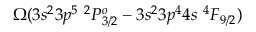
\Omega ( 3 s ^ { 2 } 3 p ^ { 5 } ~ ^ { 2 } P _ { 3 / 2 } ^ { o } - 3 s ^ { 2 } 3 p ^ { 4 } 4 s ~ ^ { 4 } F _ { 9 / 2 } )